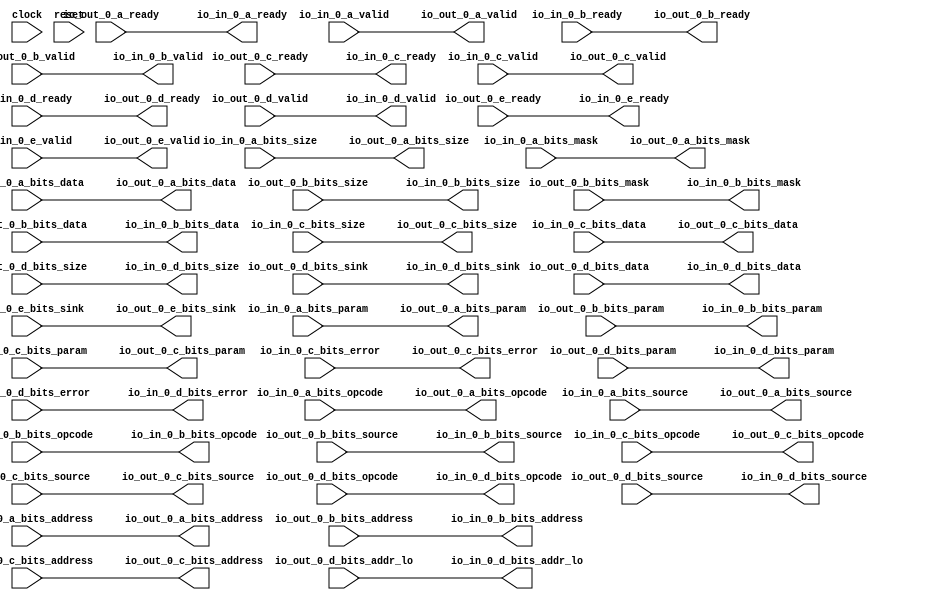
module TLFilter_mem_0(
  input   clock,
  input   reset,
  output  io_in_0_a_ready,
  input   io_in_0_a_valid,
  input  [2:0] io_in_0_a_bits_opcode,
  input  [2:0] io_in_0_a_bits_param,
  input  [3:0] io_in_0_a_bits_size,
  input  [5:0] io_in_0_a_bits_source,
  input  [31:0] io_in_0_a_bits_address,
  input  [7:0] io_in_0_a_bits_mask,
  input  [63:0] io_in_0_a_bits_data,
  input   io_in_0_b_ready,
  output  io_in_0_b_valid,
  output [2:0] io_in_0_b_bits_opcode,
  output [1:0] io_in_0_b_bits_param,
  output [3:0] io_in_0_b_bits_size,
  output [5:0] io_in_0_b_bits_source,
  output [31:0] io_in_0_b_bits_address,
  output [7:0] io_in_0_b_bits_mask,
  output [63:0] io_in_0_b_bits_data,
  output  io_in_0_c_ready,
  input   io_in_0_c_valid,
  input  [2:0] io_in_0_c_bits_opcode,
  input  [2:0] io_in_0_c_bits_param,
  input  [3:0] io_in_0_c_bits_size,
  input  [5:0] io_in_0_c_bits_source,
  input  [31:0] io_in_0_c_bits_address,
  input  [63:0] io_in_0_c_bits_data,
  input   io_in_0_c_bits_error,
  input   io_in_0_d_ready,
  output  io_in_0_d_valid,
  output [2:0] io_in_0_d_bits_opcode,
  output [1:0] io_in_0_d_bits_param,
  output [3:0] io_in_0_d_bits_size,
  output [5:0] io_in_0_d_bits_source,
  output  io_in_0_d_bits_sink,
  output [2:0] io_in_0_d_bits_addr_lo,
  output [63:0] io_in_0_d_bits_data,
  output  io_in_0_d_bits_error,
  output  io_in_0_e_ready,
  input   io_in_0_e_valid,
  input   io_in_0_e_bits_sink,
  input   io_out_0_a_ready,
  output  io_out_0_a_valid,
  output [2:0] io_out_0_a_bits_opcode,
  output [2:0] io_out_0_a_bits_param,
  output [3:0] io_out_0_a_bits_size,
  output [5:0] io_out_0_a_bits_source,
  output [31:0] io_out_0_a_bits_address,
  output [7:0] io_out_0_a_bits_mask,
  output [63:0] io_out_0_a_bits_data,
  output  io_out_0_b_ready,
  input   io_out_0_b_valid,
  input  [2:0] io_out_0_b_bits_opcode,
  input  [1:0] io_out_0_b_bits_param,
  input  [3:0] io_out_0_b_bits_size,
  input  [5:0] io_out_0_b_bits_source,
  input  [31:0] io_out_0_b_bits_address,
  input  [7:0] io_out_0_b_bits_mask,
  input  [63:0] io_out_0_b_bits_data,
  input   io_out_0_c_ready,
  output  io_out_0_c_valid,
  output [2:0] io_out_0_c_bits_opcode,
  output [2:0] io_out_0_c_bits_param,
  output [3:0] io_out_0_c_bits_size,
  output [5:0] io_out_0_c_bits_source,
  output [31:0] io_out_0_c_bits_address,
  output [63:0] io_out_0_c_bits_data,
  output  io_out_0_c_bits_error,
  output  io_out_0_d_ready,
  input   io_out_0_d_valid,
  input  [2:0] io_out_0_d_bits_opcode,
  input  [1:0] io_out_0_d_bits_param,
  input  [3:0] io_out_0_d_bits_size,
  input  [5:0] io_out_0_d_bits_source,
  input   io_out_0_d_bits_sink,
  input  [2:0] io_out_0_d_bits_addr_lo,
  input  [63:0] io_out_0_d_bits_data,
  input   io_out_0_d_bits_error,
  input   io_out_0_e_ready,
  output  io_out_0_e_valid,
  output  io_out_0_e_bits_sink
);
  assign io_in_0_a_ready = io_out_0_a_ready;
  assign io_in_0_b_valid = io_out_0_b_valid;
  assign io_in_0_b_bits_opcode = io_out_0_b_bits_opcode;
  assign io_in_0_b_bits_param = io_out_0_b_bits_param;
  assign io_in_0_b_bits_size = io_out_0_b_bits_size;
  assign io_in_0_b_bits_source = io_out_0_b_bits_source;
  assign io_in_0_b_bits_address = io_out_0_b_bits_address;
  assign io_in_0_b_bits_mask = io_out_0_b_bits_mask;
  assign io_in_0_b_bits_data = io_out_0_b_bits_data;
  assign io_in_0_c_ready = io_out_0_c_ready;
  assign io_in_0_d_valid = io_out_0_d_valid;
  assign io_in_0_d_bits_opcode = io_out_0_d_bits_opcode;
  assign io_in_0_d_bits_param = io_out_0_d_bits_param;
  assign io_in_0_d_bits_size = io_out_0_d_bits_size;
  assign io_in_0_d_bits_source = io_out_0_d_bits_source;
  assign io_in_0_d_bits_sink = io_out_0_d_bits_sink;
  assign io_in_0_d_bits_addr_lo = io_out_0_d_bits_addr_lo;
  assign io_in_0_d_bits_data = io_out_0_d_bits_data;
  assign io_in_0_d_bits_error = io_out_0_d_bits_error;
  assign io_in_0_e_ready = io_out_0_e_ready;
  assign io_out_0_a_valid = io_in_0_a_valid;
  assign io_out_0_a_bits_opcode = io_in_0_a_bits_opcode;
  assign io_out_0_a_bits_param = io_in_0_a_bits_param;
  assign io_out_0_a_bits_size = io_in_0_a_bits_size;
  assign io_out_0_a_bits_source = io_in_0_a_bits_source;
  assign io_out_0_a_bits_address = io_in_0_a_bits_address;
  assign io_out_0_a_bits_mask = io_in_0_a_bits_mask;
  assign io_out_0_a_bits_data = io_in_0_a_bits_data;
  assign io_out_0_b_ready = io_in_0_b_ready;
  assign io_out_0_c_valid = io_in_0_c_valid;
  assign io_out_0_c_bits_opcode = io_in_0_c_bits_opcode;
  assign io_out_0_c_bits_param = io_in_0_c_bits_param;
  assign io_out_0_c_bits_size = io_in_0_c_bits_size;
  assign io_out_0_c_bits_source = io_in_0_c_bits_source;
  assign io_out_0_c_bits_address = io_in_0_c_bits_address;
  assign io_out_0_c_bits_data = io_in_0_c_bits_data;
  assign io_out_0_c_bits_error = io_in_0_c_bits_error;
  assign io_out_0_d_ready = io_in_0_d_ready;
  assign io_out_0_e_valid = io_in_0_e_valid;
  assign io_out_0_e_bits_sink = io_in_0_e_bits_sink;
endmodule